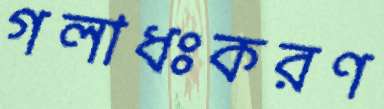
গলাধঃকরণ